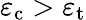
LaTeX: \varepsilon_{\mathrm{c}}>\varepsilon_{\mathrm{t}}